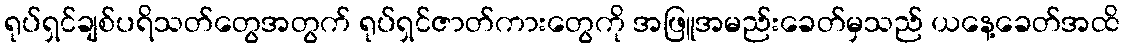
ရုပ်ရှင်ချစ်ပရိသတ်တွေအတွက် ရုပ်ရှင်ဇာတ်ကားတွေကို အဖြူအမည်းခေတ်မှသည် ယနေ့ခေတ်အထိ